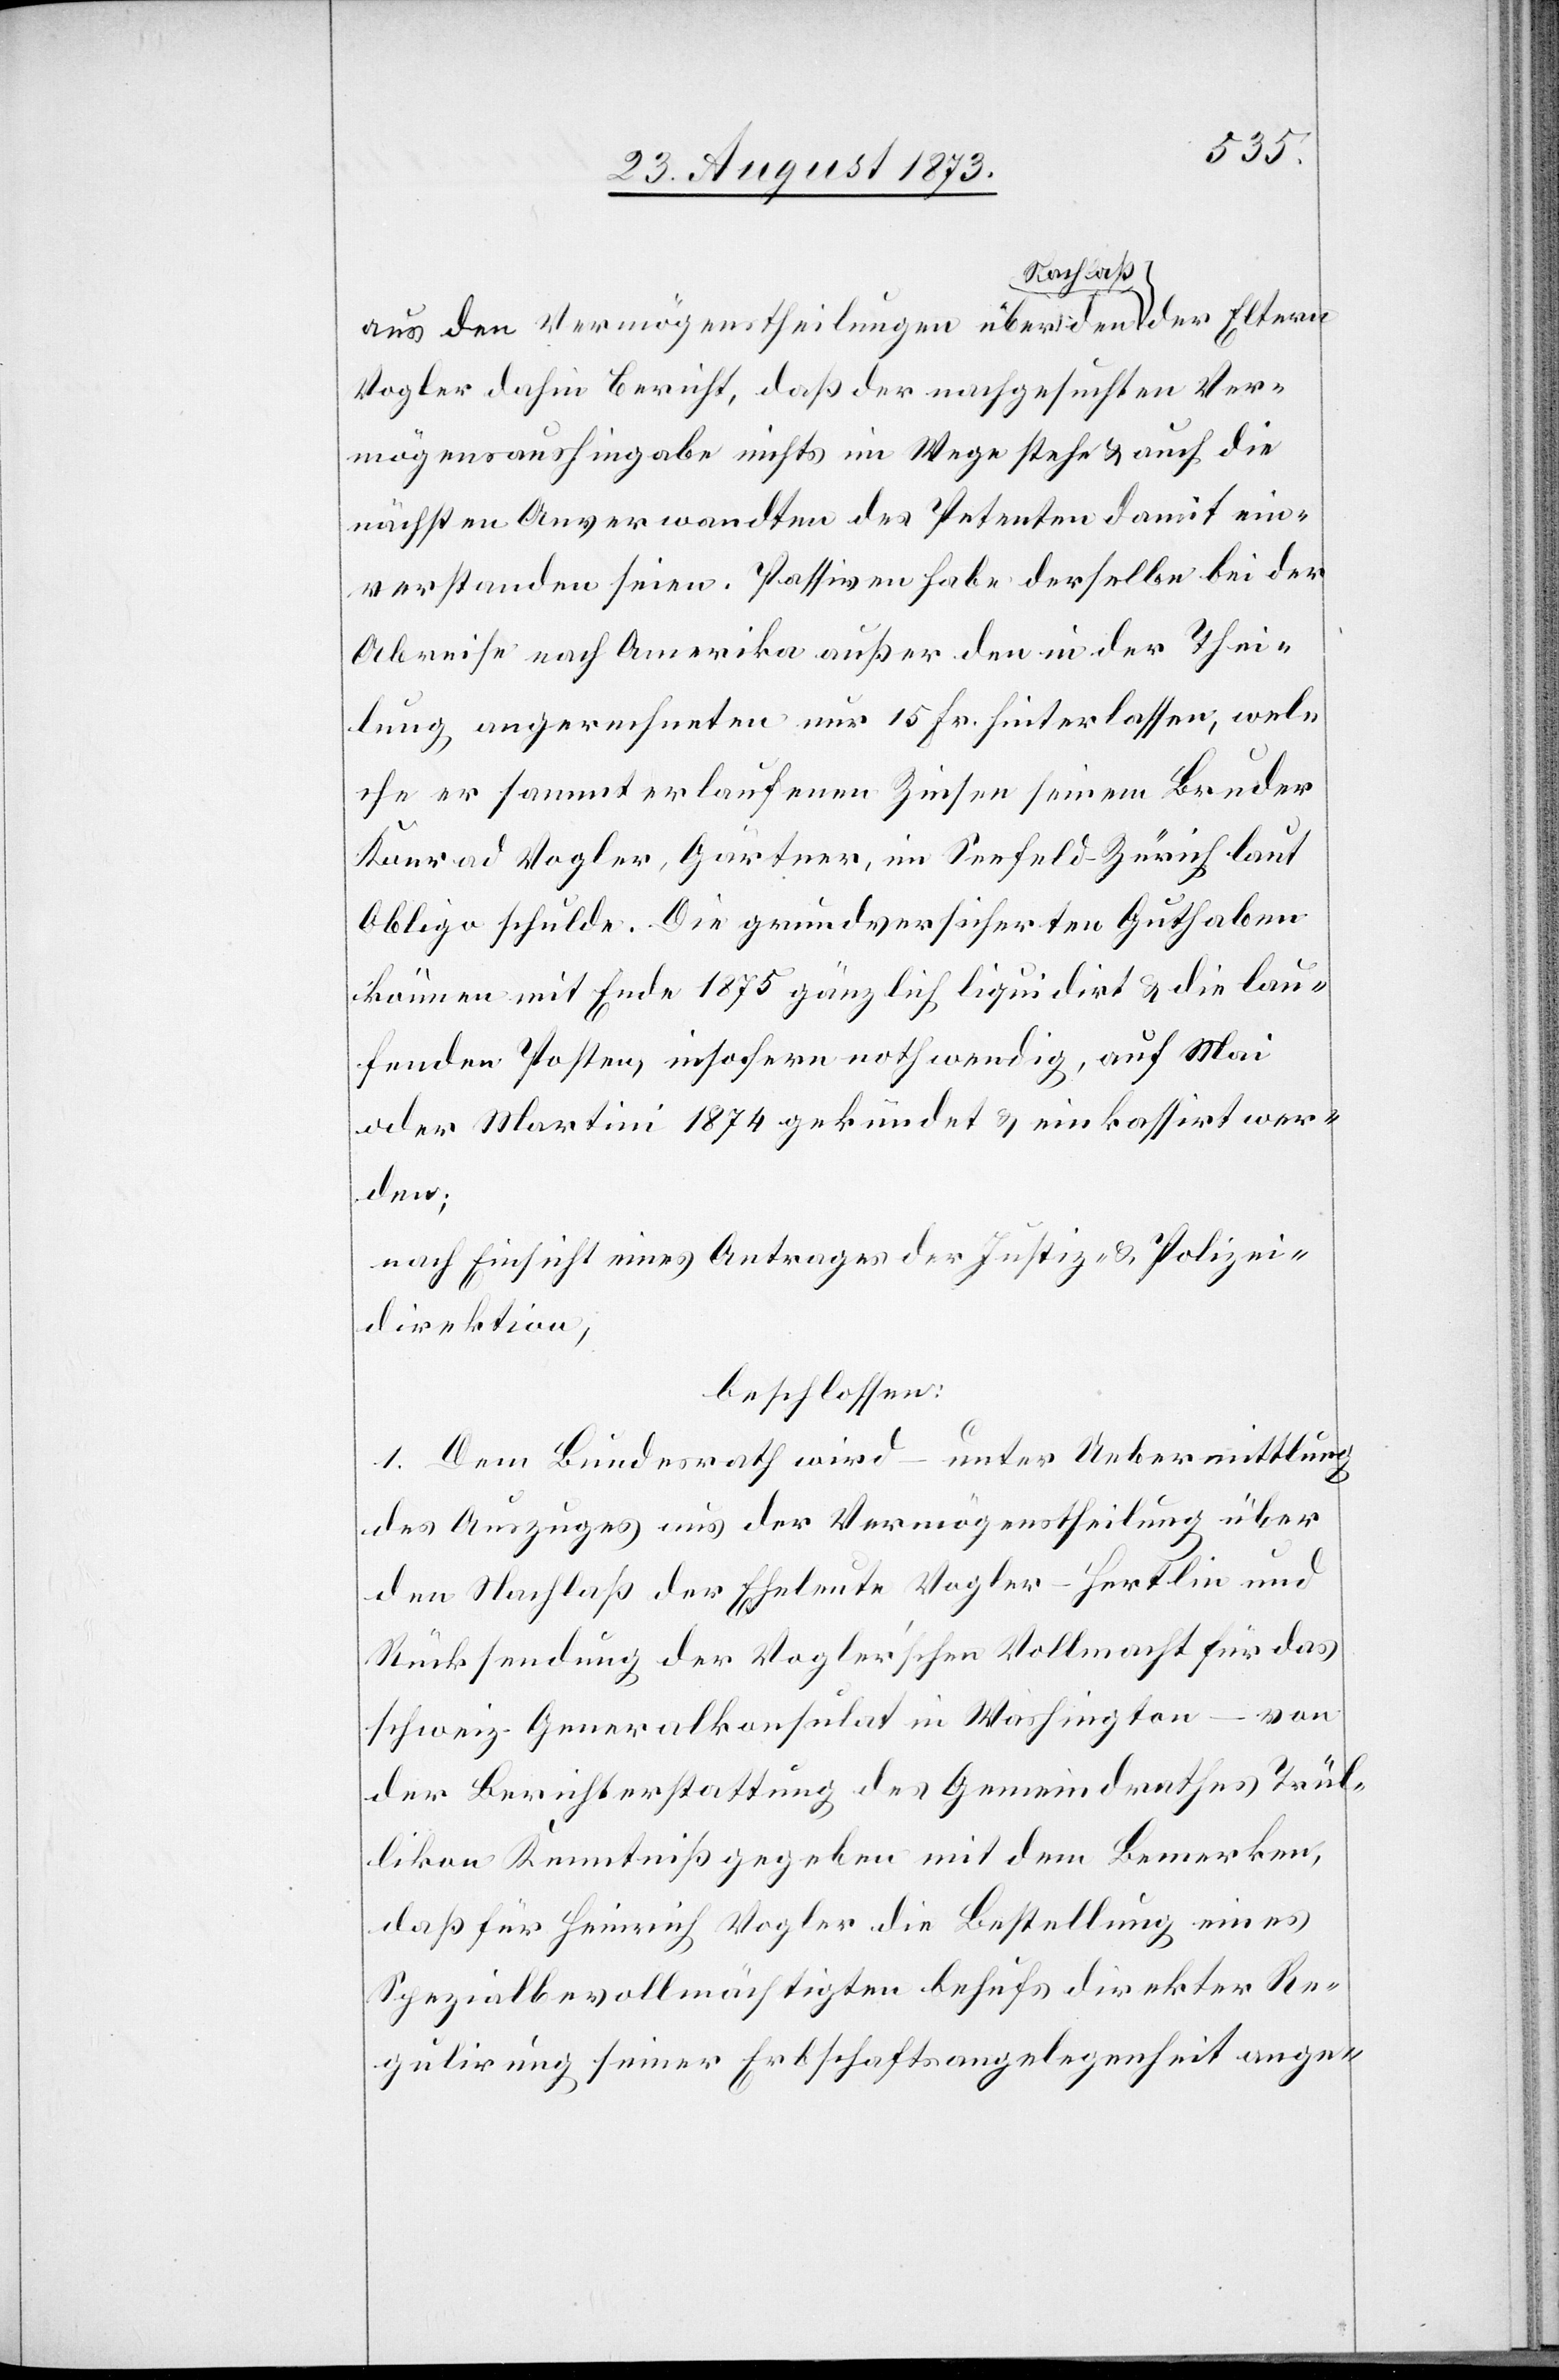
aus den Vermögenstheilungen über den Nachlaß der Eltern
Vogler dahin Bericht, daß der nachgesuchten Ver¬
mögensaushingabe nichts im Wege stehe & auch die
nächsten Anverwandten des Petenten damit ein¬
verstanden seien. Passiven habe derselbe bei der
Abreise nach Amerika außer den in der Thei¬
lung angerechneten nur 15 Fr. hinterlassen, wel¬
che er sammt erlaufenen Zinsen seinem Bruder
Konrad Vogler, Gärtner, im Seefeld-Zürich laut
Obligo schulde. Die grundversicherten Guthaben
können mit Ende 1875 gänzlich liquidirt & die lau¬
fenden Posten, insofern nothwendig, auf Mai
oder Martini 1874 gekündet & einkassirt wer¬
den;
nach Einsicht eines Antrages der Justiz- & Polizei¬
direktion,
beschlossen:
1. Dem Bundesrath wird – unter Uebermittlung
des Auszuges aus der Vermögenstheilung über
den Nachlaß der Eheleute Vogler-Hertlin und
Rücksendung der Vogler’schen Vollmacht für das
schweiz. Generalkonsulat in Washington – von
der Berichterstattung des Gemeindrathes Trül¬
likon Kenntniß gegeben mit dem Bemerken,
daß für Heinrich Vogler die Bestellung eines
Spezialbevollmächtigten behufs direkter Re¬
gulirung seiner Erbschaftsangelegenheit ange-